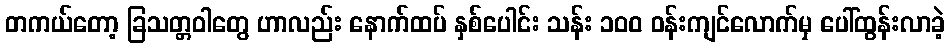
တကယ်တော့ ခြသတ္တဝါတွေ ဟာလည်း နောက်ထပ် နှစ်ပေါင်း သန်း ၁၀၀ ဝန်းကျင်လောက်မှ ပေါ်ထွန်းလာခဲ့